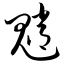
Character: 魈